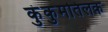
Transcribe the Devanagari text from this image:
कुंकुमतिलक